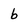
Character: b